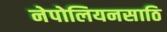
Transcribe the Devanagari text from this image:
नेपोलियनसाठि